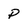
Character: P